Report of the Indian Hemp Drugs Commission, 1894-1895 - Volume IV
Year: 1894
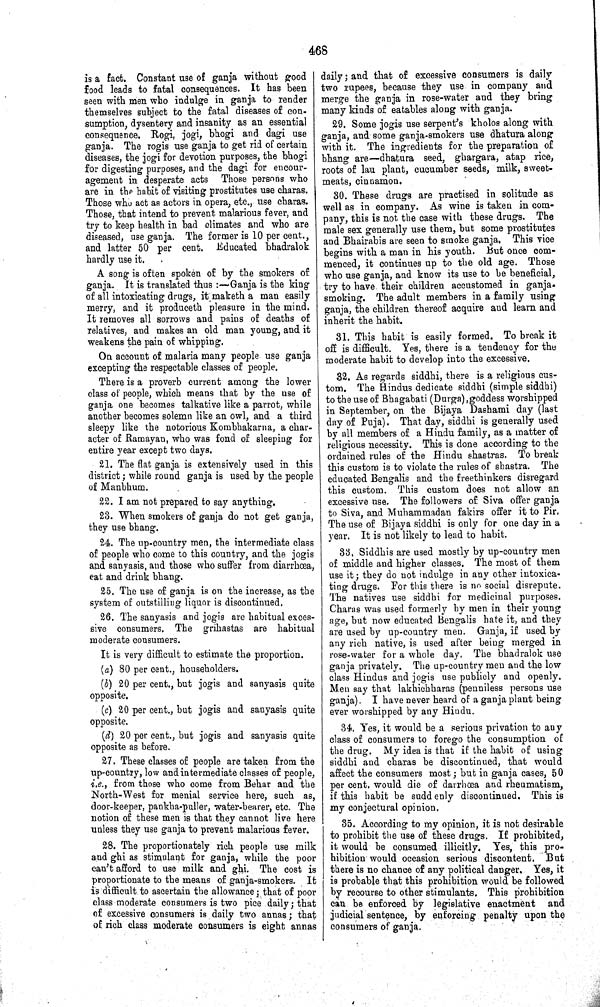
468
is a fact. Constant use of ganja without good
food leads to fatal consequences. It has been
seen with men who indulge in ganja to render
themselves subject to the fatal diseases of con-
sumption, dysentery and insanity as an essential
consequence. Rogi, jogi, bhogi and dagi use
ganja. The rogis use ganja to get rid of certain
diseases, the jogi for devotion purposes, the bhogi
for digesting purposes, and the dagi for encour-
agement in desperate acts Those persons who
are in the habit of visiting prostitutes use charas.
Those who act as actors in opera, etc., use charas.
Those, that intend to prevent malarious fever, and
try to keep health in bad climates and who are
diseased, use ganja. The former is 10 per cent.,
and latter 50 per cent. Educated bhadralok
hardly use it.
A song is often spoken of by the smokers of
ganja. It is translated thus:— Ganja is the king
of all intoxicating drugs, it maketh a man easily
merry, and it produceth pleasure in the mind.
It removes all sorrows and pains of deaths of
relatives, and makes an old man young, and it
weakens the pain of whipping.
On account of malaria many people use ganja
excepting the respectable classes of people.
There is a proverb current among the lower
class of people, which means that by the use of
ganja one becomes talkative like a parrot, while
another becomes solemn like an owl, and a third
sleepy like the notorious Kombhakarna, a char-
acter of Ramayan, who was fond of sleeping for
entire year except two days.
21. The flat ganja is extensively used in this
district; while round ganja is used by the people
of Manbhum.
22. I am not prepared to say anything.
23. When smokers of ganja do not get ganja,
they use bhang.
24. The up-country men, the intermediate class
of people who come to this country, and the jogis
and sanyasis, and those who suffer from diarrhœa,
eat and drink bhang.
25. The use of ganja is on the increase, as the
system of outstilling liquor is discontinued.
26. The sanyasis and jogis are habitual exces-
sive consumers. The grihastas are habitual
moderate consumers.
It is very difficult to estimate the proportion.
(a) 80 per cent., householders.
(b) 20 per cent., but jogis and sanyasis quite
opposite.
(c) 20 per cent., but jogis and sanyasis quite
opposite.
(d) 20 per cent., but jogis and sanyasis quite
opposite as before.
27. These classes of people are taken from the
up-country, low and intermediate classes of people,
i.e., from those who come from Behar and the
North-West for menial service here, such as,
door-keeper, pankha-puller, water-bearer, etc. The
notion of these men is that they cannot live here
unless they use ganja to prevent malarious fever.
28. The proportionately rich people use milk
and ghi as stimulant for ganja, while the poor
can't afford to use milk and ghi. The cost is
proportionate to the means of ganja-smokers. It
is difficult to ascertain the allowance; that of poor
class moderate consumers is two pice daily; that
of excessive consumers is daily two annas; that
of rich class moderate consumers is eight annas
daily; and that of excessive consumers is daily
two rupees, because they use in company and
merge the ganja in rose-water and they bring
many kinds of eatables along with ganja.
29. Some jogis use serpent's kholos along with
ganja, and some ganja-smokers use dhatura along
with it. The ingredients for the preparation of
bhang are—dhatura seed, ghargara, atap rice,
roots of lau plant, cucumber seeds, milk, sweet-
meats, cinnamon.
30. These drugs are practised in solitude as
well as in company. As wine is taken in com-
pany, this is not the case with these drugs. The
male sex generally use them, but some prostitutes
and Bhairabis are seen to smoke ganja. This vice
begins with a man in his youth. But once com-
menced, it continues up to the old age. Those
who use ganja, and know its use to be beneficial,
try to have their children accustomed in ganja-
smoking. The adult members in a family using
ganja, the children thereof acquire and learn and
inherit the habit.
31. This habit is easily formed. To break it
off is difficult. Yes, there is a tendency for the
moderate habit to develop into the excessive.
32. As regards siddhi, there is a religious cus-
tom. The Hindus dedicate siddhi (simple siddhi)
to the use of Bhagabati (Durga), goddess worshipped
in September, on the Bijaya Dashami day (last
day of Puja). That day, siddhi is generally used
by all members of a Hindu family, as a matter of
religious necessity. This is done according to the
ordained rules of the Hindu shastras. To break
this custom is to violate the rules of shastra. The
educated Bengalis and the freethinkers disregard
this custom. This custom does not allow an
excessive use. The followers of Siva offer ganja
to Siva, and Muhammadan fakirs offer it to Pir.
The use of Bijaya siddhi is only for one day in a
year. It is not likely to lead to habit.
33. Siddhis are used mostly by up-country men
of middle and higher classes. The most of them
use it; they do not indulge in any other intoxica-
ting drugs. For this there is no social disrepute.
The natives use siddhi for medicinal purposes.
Charas was used formerly by men in their young
age, but now educated Bengalis hate it, and they
are used by up-country men. Ganja, if used by
any rich native, is used after being merged in
rose-water for a whole day. The bhadralok use
ganja privately. The up-country men and the low
class Hindus and jogis use publicly and openly.
Men say that lakhichharas (penniless persons use
ganja). I have never heard of a ganja plant being
ever worshipped by any Hindu.
34. Yes, it would be a serious privation to any
class of consumers to forego the consumption of
the drug. My idea is that if the habit of using
siddhi and charas be discontinued, that would
affect the consumers most; but in ganja cases, 5 0
per cent. would die of darrhœa and rheumatism,
if this habit be suddenly discontinued. This is
my conjectural opinion.
35. According to my opinion, it is not desirable
to prohibit the use of these drugs. If prohibited,
it would be consumed illicitly. Yes, this pro-
hibition would occasion serious discontent. But
there is no chance of any political danger. Yes, it
is probable that this prohibition would be followed
by recourse to other stimulants. This prohibition
can be enforced by legislative enactment and
judicial sentence, by enforcing penalty upon the
consumers of ganja.